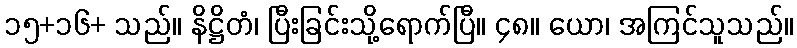
၁၅+၁၆+ သည်။ နိဋ္ဌိတံ၊ ပြီးခြင်းသို့ရောက်ပြီ။ ၄၈။ ယော၊ အကြင်သူသည်။